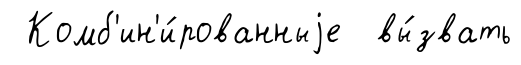
Комб'ин'и́рованныjе вы́звать